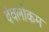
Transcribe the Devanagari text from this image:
देवलोकम